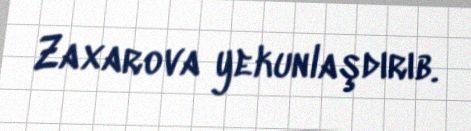
Zaxarova yekunlaşdırıb.